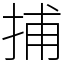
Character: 捕